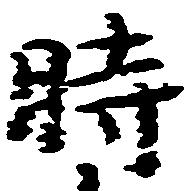
時